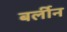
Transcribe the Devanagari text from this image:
बर्लीन